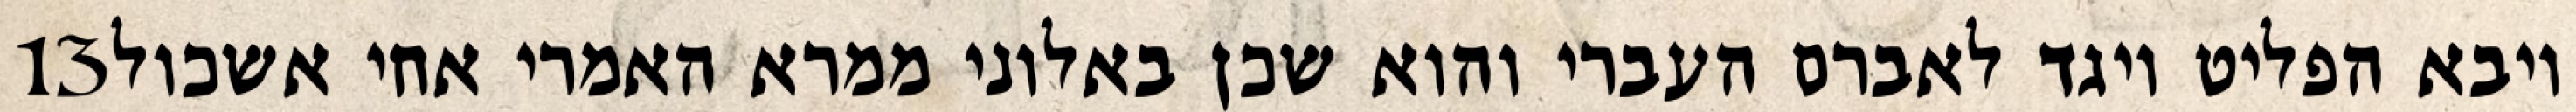
‎13‏ ויבא הפליט ויגד לאברם העברי והוא שכן באלוני ממרא האמרי אחי אשכול